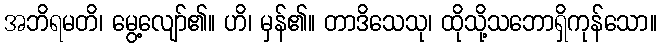
အဘိရမတိ၊ မွေ့လျော်၏။ ဟိ၊ မှန်၏။ တာဒိသေသု၊ ထိုသို့သဘောရှိကုန်သော။